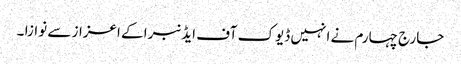
جارج چہارم نے انہیں ڈیوک آف ایڈنبرا کے اعزاز سے نوازا ۔